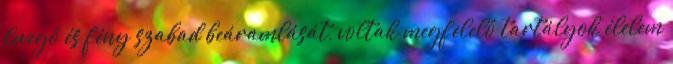
levegő és fény szabad beáramlását, voltak megfelelő tartályok élelem